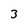
Character: 3